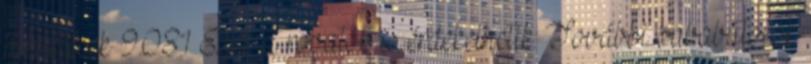
hirdetések 9.081 Ezek a rovatok is érdekelhetik: További bababútorok